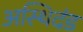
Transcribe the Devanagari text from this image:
अस्थिदंड